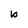
Character: b